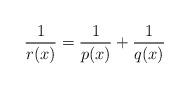
LaTeX: \begin{align*} \frac{1}{r(x)}=\frac{1}{p(x)}+\frac{1}{q(x)} \end{align*}